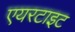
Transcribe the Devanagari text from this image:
एयरटाइट